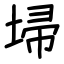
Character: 埽